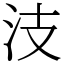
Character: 汥